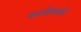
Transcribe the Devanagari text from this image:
बाजीरावचे